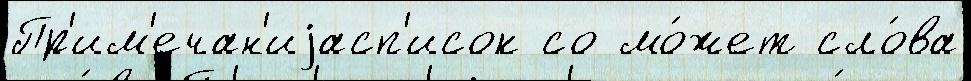
Пр'им'ечан'иjасп'исок со мо́жет сло́ва